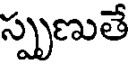
స్పృణుతే